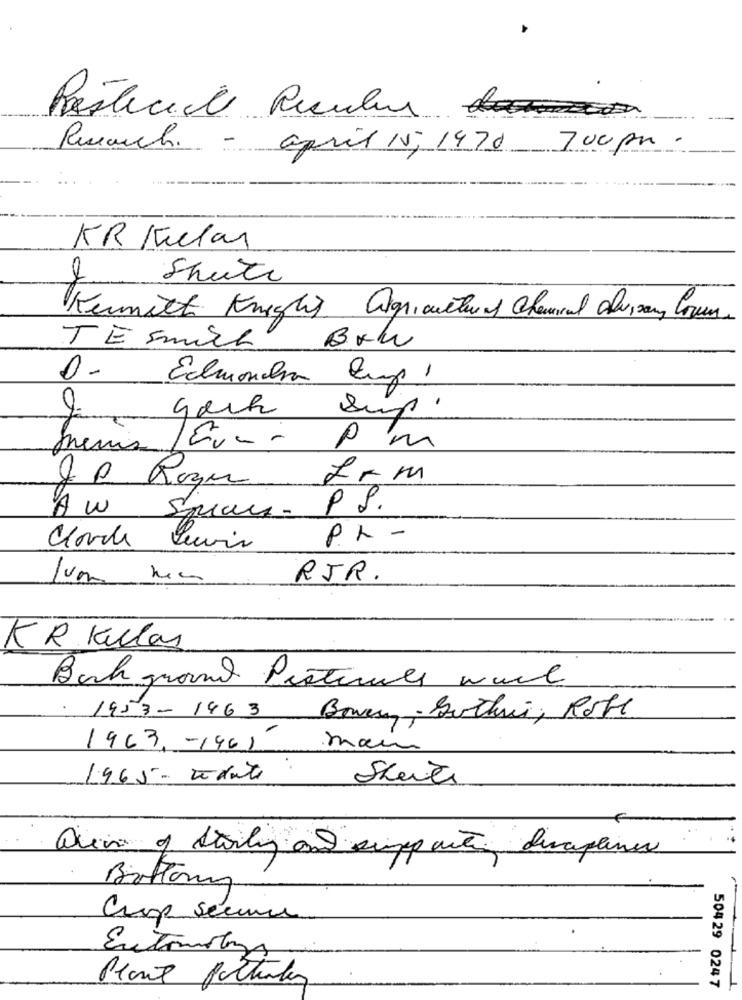
Posteciel Reculun
Research.
-
april 15, 1470 700pm
.
KR Kiclar
Shete
Kennith Knight Agricultural Chemical alussany Cours.
TESmich
D- Edmondha Cump 1
gosh
Sup.
Pm
JP Rozen
-
frm
PS.
P.h -
Cloud Servis
RJR.
KR Kelas
Back ground Protirule wall
1953-1463
Bowen. Dochni, Rott
1963 -1961-
main
1965 - vedute
Bottomn
Crop secure
Entomoton
Plant pattinles
504 29 0247